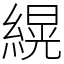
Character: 縨